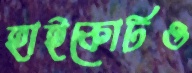
হাইকোর্টও